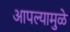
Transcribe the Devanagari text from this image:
आपल्यामुळे